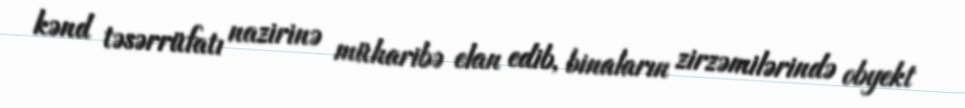
kənd təsərrüfatı nazirinə müharibə elan edib, binaların zirzəmilərində obyekt